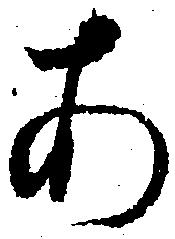
あ